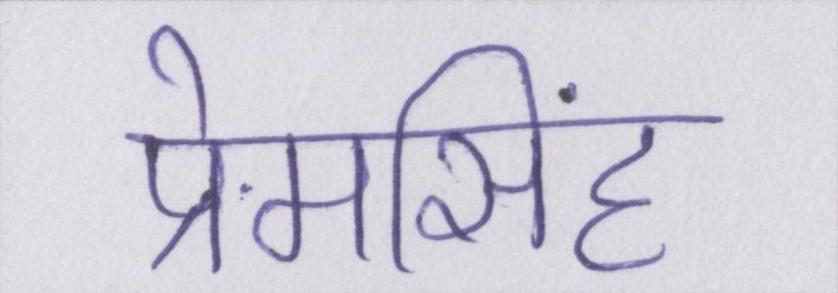
प्रेमसिंह